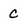
Character: c